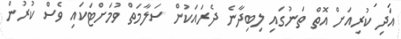
އަދި ކުރިއަށް އޮތް ތަނުގައި ލިބިދާނެ ދެރައަކުން ސަލާމަތް ވުމަށްޓަކައި ވެސް ކުރުން